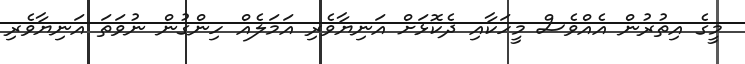
މީގެ އިތުރުން އެއްވެސް މީހަކާއި ދެކޮޅަށް އަނިޔާވެރި އަމަލެއް ހިންގުން ނުވަތަ އަނިޔާވެރި